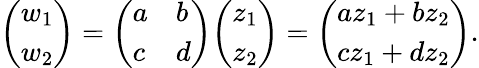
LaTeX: {\left(\begin{array}{l}{w_{1}}\\ {w_{2}}\end{array}\right)}={\left(\begin{array}{ll}{a}&{b}\\ {c}&{d}\end{array}\right)}{\left(\begin{array}{l}{z_{1}}\\ {z_{2}}\end{array}\right)}={\left(\begin{array}{l}{az_{1}+bz_{2}}\\ {cz_{1}+dz_{2}}\end{array}\right)}.